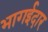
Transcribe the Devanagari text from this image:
भागईदार